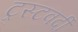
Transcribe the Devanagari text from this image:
ट्रस्टवर्दी